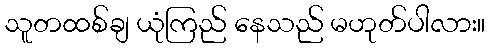
သူတထစ်ချ ယုံကြည် နေသည် မဟုတ်ပါလား။